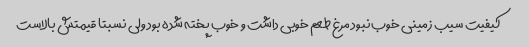
کیفیت سیب زمینی خوب نبود مرغ طعم خوبی داشت و خوب پخته شده بود ولی نسبتا قیمتش بالاست